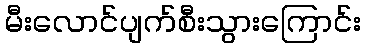
မီးလောင်ပျက်စီးသွားကြောင်း